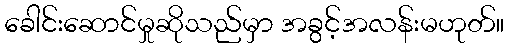
ခေါင်းဆောင်မှုဆိုသည်မှာ အခွင့်အလန်းမဟုတ်။